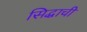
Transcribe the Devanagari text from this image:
सिद्धाची